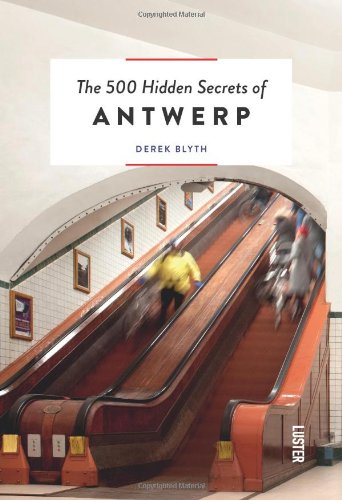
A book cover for The 500 Hidden Secrets of Antwerp; Derek Blyth; Travel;